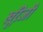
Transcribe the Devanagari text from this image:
खूँरेजी